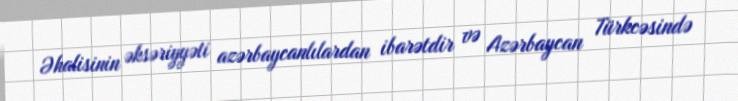
Əhalisinin əksəriyyəti azərbaycanlılardan ibarətdir və Azərbaycan Türkcəsində